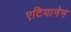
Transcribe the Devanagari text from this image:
एटियानेन